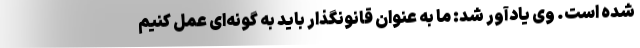
شده است. وی یادآور شد: ما به عنوان قانونگذار باید به گونه‌ای عمل کنیم